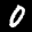
Label: 0